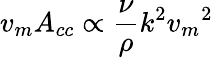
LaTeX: v_{m}A_{cc}\propto\frac{\nu}{\rho}k^{2}{v_{m}}^{2}